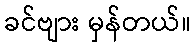
ခင်ဗျား မှန်တယ်။